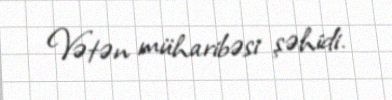
Vətən müharibəsi şəhidi.